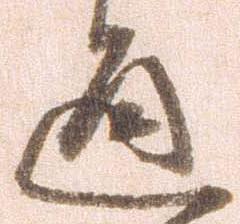
通